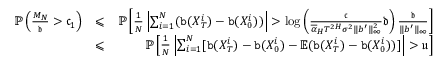
\begin{array} { r l r } { \mathbb P \left( \frac { M _ { N } } { \mathfrak d } > \mathfrak c _ { 1 } \right) } & { \leqslant } & { \mathbb P \left[ \frac { 1 } { N } \left| \sum _ { i = 1 } ^ { N } ( { \tt b } ( X _ { T } ^ { i } ) - { \tt b } ( X _ { 0 } ^ { i } ) ) \right| > \log \left( \frac { \mathfrak c } { \overline { \alpha } _ { H } T ^ { 2 H } \sigma ^ { 2 } \| b ^ { \prime } \| _ { \infty } ^ { 2 } } \mathfrak d \right) \frac { \mathfrak d } { \| b ^ { \prime } \| _ { \infty } } \right] } \\ & { \leqslant } & { \mathbb P \left[ \frac { 1 } { N } \left| \sum _ { i = 1 } ^ { N } [ { \tt b } ( X _ { T } ^ { i } ) - { \tt b } ( X _ { 0 } ^ { i } ) - \mathbb E ( { \tt b } ( X _ { T } ^ { i } ) - { \tt b } ( X _ { 0 } ^ { i } ) ) ] \right| > \mathfrak u \right] } \end{array}